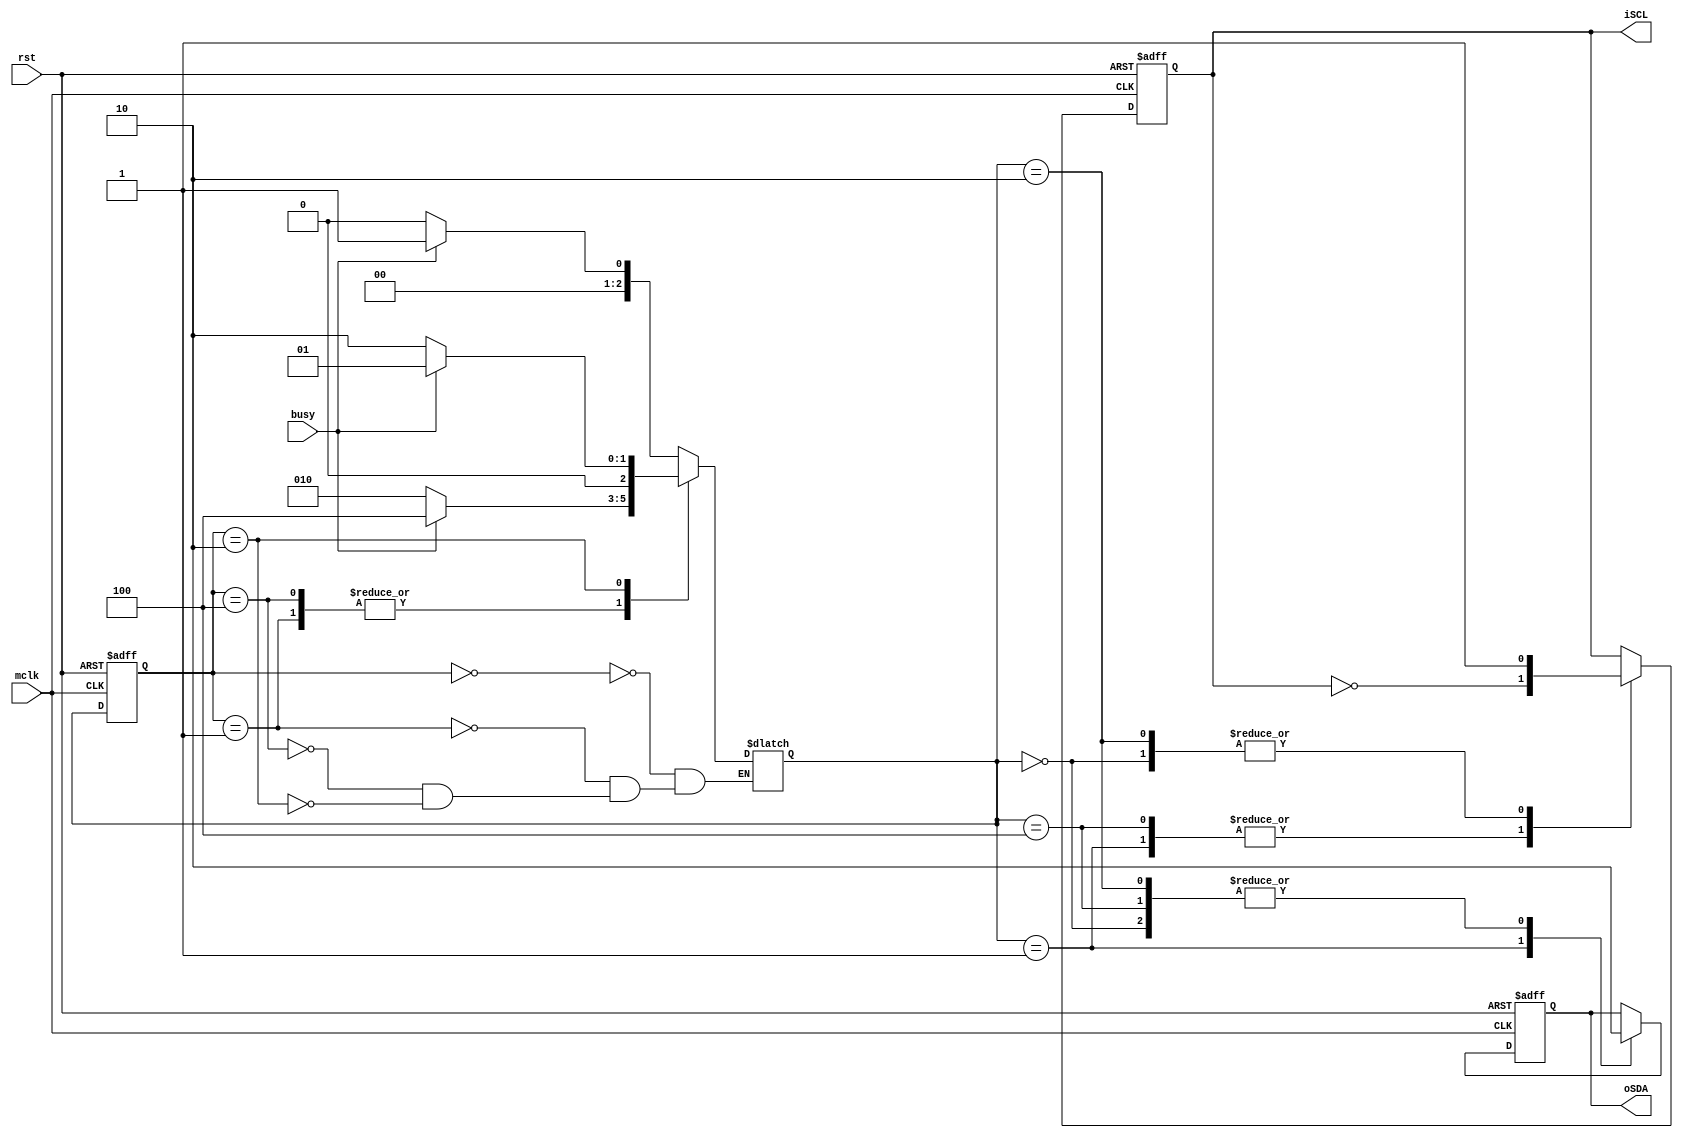

`timescale 1ns/1ns

module SSU(busy, mclk, rst, iSCL, oSDA);
    input busy;
    input mclk;
    input rst;
    output reg iSCL;
    output reg oSDA;
    
reg [2:0] state, next_state;
parameter [2:0] idle=3'b000, startC=3'b001, stopC=3'b010, zero =3'b011, one = 3'b100;

always @(state or busy) begin
    case(state)
        idle: if(busy) next_state = startC;
            else    next_state = idle;
        startC:  if(busy) next_state= one;
            else    next_state = stopC;
        one: if(busy) next_state = one;
            else next_state = stopC;
        stopC:   if(busy) next_state = startC;
            else    next_state = stopC;
    endcase
end

always @(posedge mclk or negedge rst) begin
    if(!rst) begin
        state = idle;
    end
    else begin 
      state = next_state;
    end
end

always @(posedge mclk or negedge rst) begin
    if(!rst) begin
        iSCL = 1'b1;
        oSDA = 1'b0;
    end
    else
        case(next_state)
        idle: begin 
            iSCL = 1'b1;
            oSDA = 1'b0;
            end
        startC:begin 
            iSCL = ~iSCL;
            oSDA = 1'b1;
            end
        one: begin
            iSCL = ~iSCL;
            oSDA = 1'b0;
        end
        stopC:begin
            iSCL =1'b1;
            oSDA = 1'b0;
            end
        endcase
end
    
endmodule